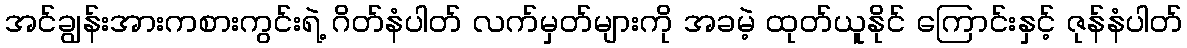
အင်ချွန်းအားကစားကွင်းရဲ့ ဂိတ်နံပါတ် လက်မှတ်များကို အခမဲ့ ထုတ်ယူနိုင် ကြောင်းနှင့် ဇုန်နံပါတ်